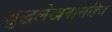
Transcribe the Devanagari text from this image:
शुद्धलेखनासहित